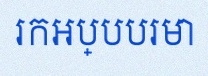
រកអប្បបរមា